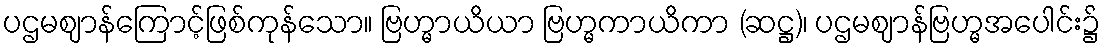
ပဌမဈာန်ကြောင့်ဖြစ်ကုန်သော။ ဗြဟ္မာယိယာ ဗြဟ္မကာယိကာ (ဆဋ္ဌ)၊ ပဌမဈာန်ဗြဟ္မအပေါင်း၌